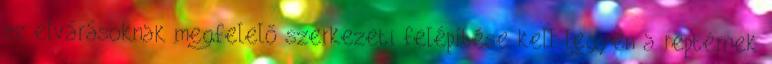
az elvárásoknak megfelelő szerkezeti felépítése kell legyen a reptérnek